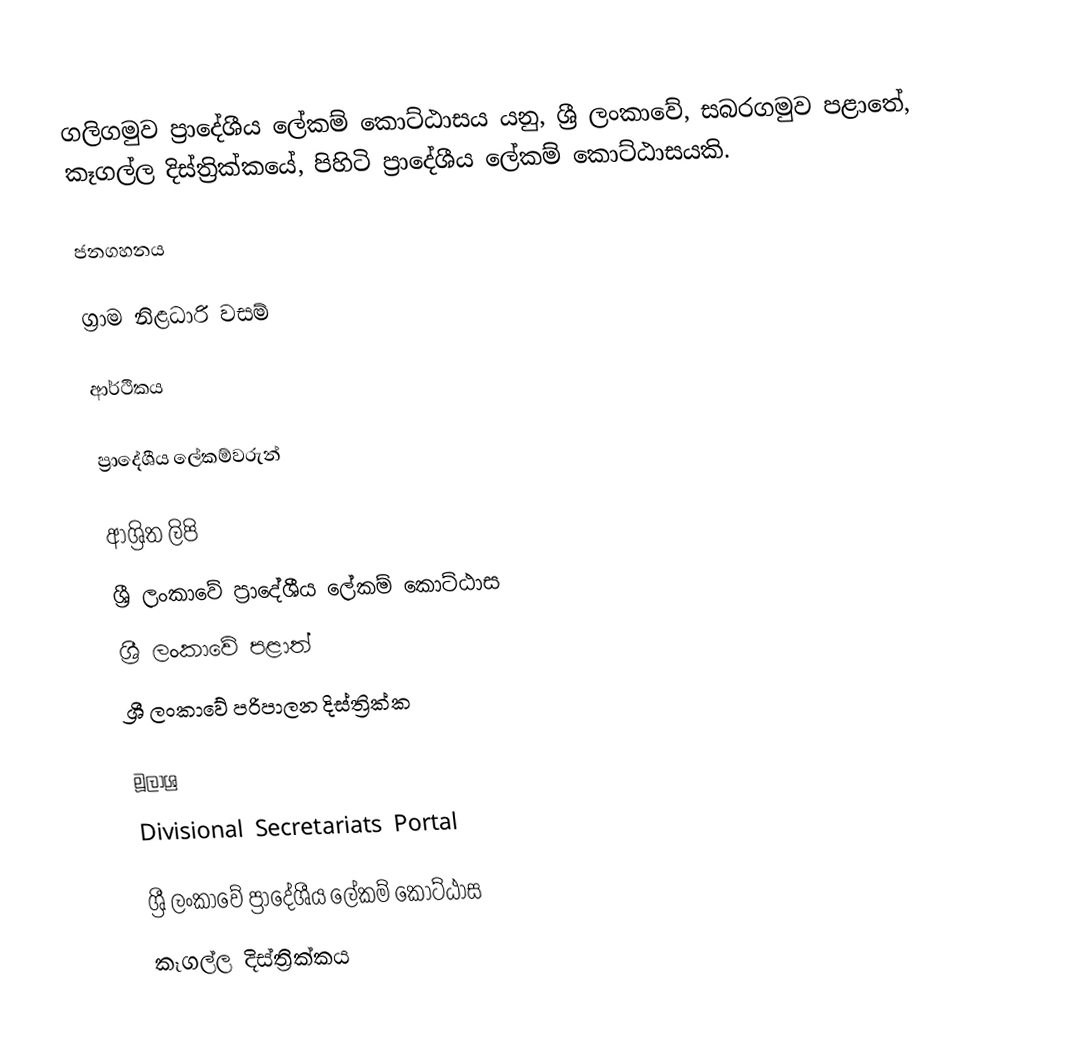
ගලිගමුව ප්‍රාදේශීය ලේකම් කොට්ඨාසය යනු,  ශ්‍රී ලංකාවේ, සබරගමුව පළාතේ,   කෑගල්ල දිස්ත්‍රික්කයේ, පිහිටි ප්‍රාදේශීය ලේකම් කොට්ඨාසයකි.

ජනගහනය

ග්‍රාම නිළධාරි වසම්

ආර්ථිකය

ප්‍රාදේශීය ලේකම්වරුන්

ආශ්‍රිත ලිපි
ශ්‍රී ලංකාවේ ප්‍රාදේශීය ලේකම් කොට්ඨාස
ශ්‍රී ලංකාවේ පළාත්
ශ්‍රී ලංකාවේ පරිපාලන දිස්ත්‍රික්ක

මූලාශ්‍ර
 Divisional Secretariats Portal

ශ්‍රී ලංකාවේ ප්‍රාදේශීය ලේකම් කොට්ඨාස
කෑගල්ල දිස්ත්‍රික්කය